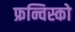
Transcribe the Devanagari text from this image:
फ्रन्चिस्को